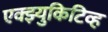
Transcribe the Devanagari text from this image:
एक्झ्युकिटिव्ह